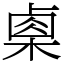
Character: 㮚